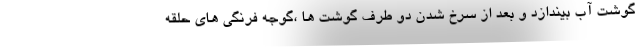
گوشت آب بیندازد و بعد از سرخ شدن دو طرف گوشت ها ،گوجه فرنگی های حلقه